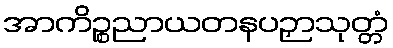
အာကိဉ္စညာယတနပဉှာသုတ္တံ